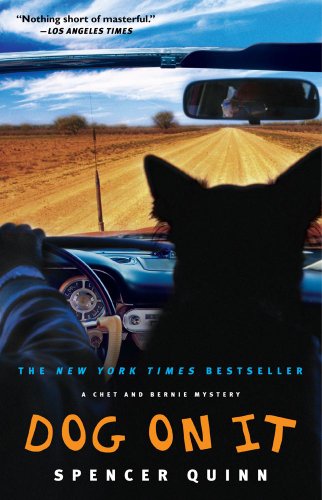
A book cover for Dog on It: A Chet and Bernie Mystery (The Chet and Bernie Mystery Series); Spencer Quinn; Mystery, Thriller & Suspense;